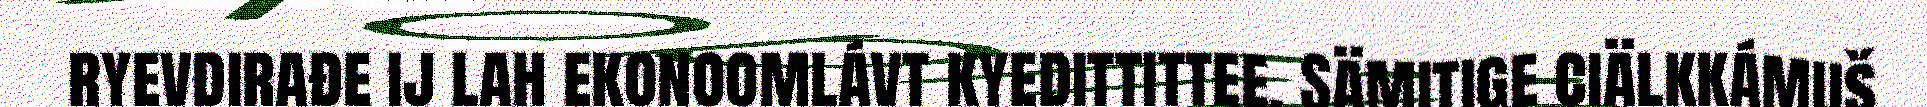
ryevdirađe ij lah ekonoomlávt kyedittittee. Sämitige ciälkkámuš